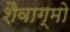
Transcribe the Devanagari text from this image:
शैवाग्मो